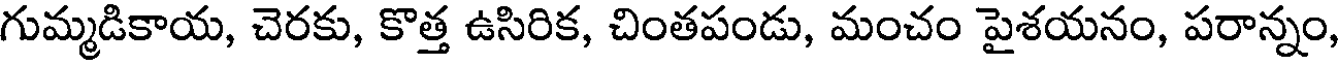
గుమ్మడికాయ, చెరకు, కొత్త ఉసిరిక, చింతపండు, మంచం పైశయనం, పరాన్నం,